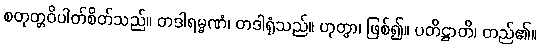
စတုတ္တဝိပါတ်စိတ်သည်။ တဒါရမ္မဏံ၊ တဒါရုံသည်။ ဟုတွာ၊ ဖြစ်၍။ ပတိဋ္ဌာတိ၊ တည်၏။